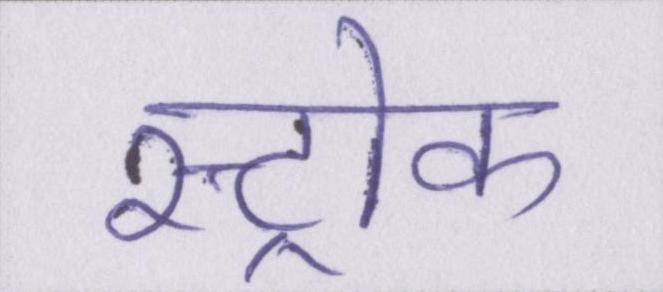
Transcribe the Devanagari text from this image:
स्ट्रोक